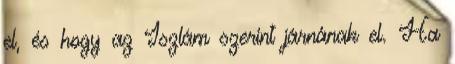
el, és hogy az Iszlám szerint járnának el. Ha